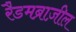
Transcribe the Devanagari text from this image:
रैडमब्राज़ील